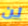
لن